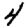
Digit: 4